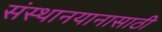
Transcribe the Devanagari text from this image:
संस्थानयानासाठी